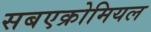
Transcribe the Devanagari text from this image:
सबएक्रोमियल